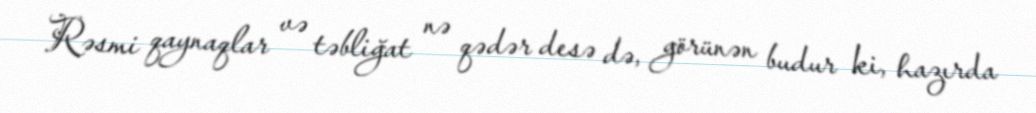
Rəsmi qaynaqlar və təbliğat nə qədər desə də, görünən budur ki, hazırda